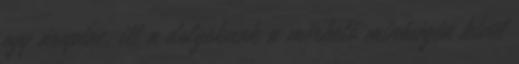
egy árupiac, itt a dolgoknak a mérhető minőségén kívül